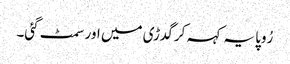
رُوپا یہ کہہ کر گدڑی میں اور سمٹ گئی۔